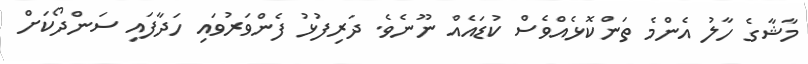
މާޝާގެ ހާލު އެންމެ ތަންކޮޅެއްވެސް ކުޑައެއް ނޫނެވެ. ދަރިފުޅު ފެންވަރުވައި ހަދާފައި ސަންދޯކަށް